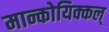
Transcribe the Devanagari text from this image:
मान्कोयिक्कल्